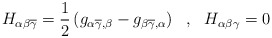
\begin{align*}H_{\alpha \beta \overline{\gamma}}=\frac{1}{2}\left( g_{\alpha\overline{\gamma},\beta}-g_{\beta \overline{\gamma},\alpha}\right) \ \ , \ \ H_{\alpha \beta\gamma}=0\end{align*}